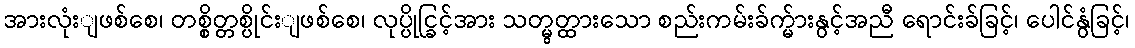
အားလုံးျဖစ်စေ၊ တစ္စိတ္တစ္ပိုင်းျဖစ်စေ၊ လုပ္ပိုင္ခြင့်အား သတ္မွတ္ထားသော စည်းကမ်းခ်က္မ်ားနွင့်အညီ ရောင်းခ်ခြင့်၊ ပေါင်နွံခြင့်၊